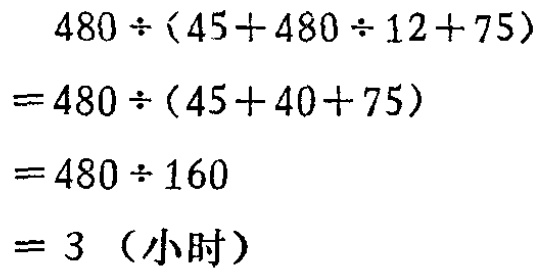
\[

\begin{align*}

&480\div(45 + 480\div12+75)\\

=&480\div(45 + 40+75)\\

=&480\div160\\

=&3（小时）

\end{align*}

\]